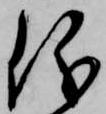
儀